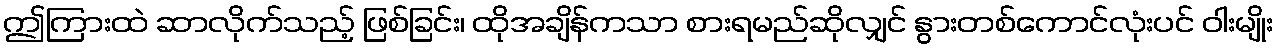
ဤကြားထဲ ဆာလိုက်သည့် ဖြစ်ခြင်း၊ ထိုအချိန်ကသာ စားရမည်ဆိုလျှင် နွားတစ်ကောင်လုံးပင် ဝါးမျိုး